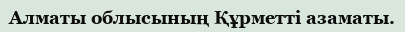
Алматы облысының Құрметті азаматы.